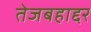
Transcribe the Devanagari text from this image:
तेजबहाद्दर